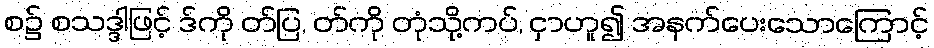
စ၌ စသဒ္ဒါဖြင့် ဒ်ကို တ်ပြ, တ်ကို တုံသို့ကပ်, ငှာဟူ၍ အနက်ပေးသောကြောင့်